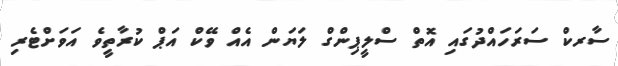
ސާރކް ސަރަހައްދުގައި އޮތް ސްލީޕިންގް ލަޔަން އެއް ވޭކް އަޕް ކުރާތީވެ އަވަށްޓެރި